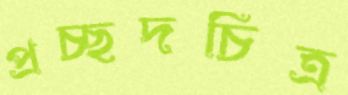
প্রচ্ছদচিত্র